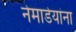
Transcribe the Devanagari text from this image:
नेमाडेयांना